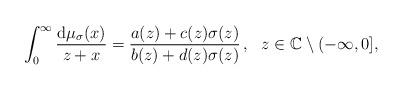
LaTeX: \begin{align*} \int_{0}^{\infty}\frac{\mbox{d}\mu_{\sigma}(x)}{z+x}=\frac{a(z)+c(z)\sigma(z)}{b(z)+d(z)\sigma(z)}\,,\ \ z\in\mathbb{C}\setminus(-\infty,0],\end{align*}